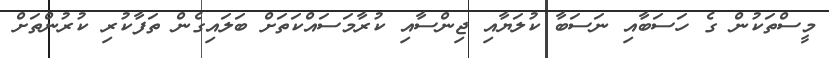
މީސްތަކުން ގެ ހަސަބާއި ނަސަބާ ކުލަޔާއި ޖިންސާއި ކުރާމަސައްކަތަށް ބަލައިގެން ތަފާކުރި ކުރުންތަށް